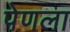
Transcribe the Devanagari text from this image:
पेणला